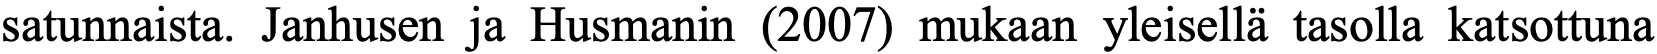
satunnaista. Janhusen ja Husmanin (2007) mukaan yleisellä tasolla katsottuna